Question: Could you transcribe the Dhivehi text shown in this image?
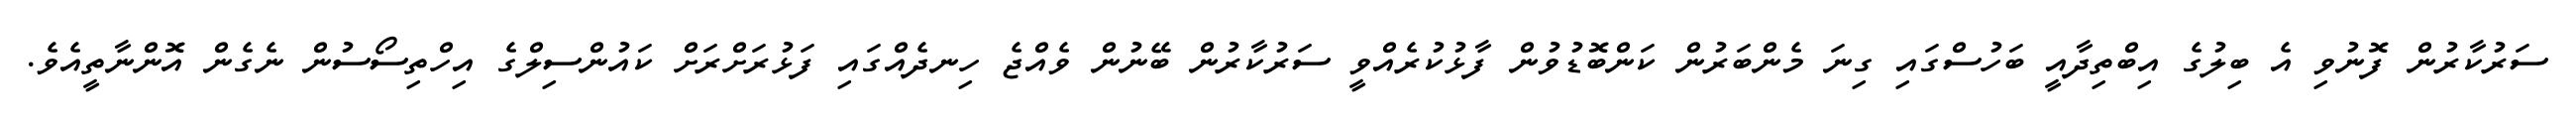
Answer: ސަރުކާރުން ފޮނުވި އެ ބިލުގެ އިބްތިދާއީ ބަހުސްގައި ގިނަ މެންބަރުން ކަންބޮޑުވުން ފާޅުކުރެއްވީ ސަރުކާރުން ބޭނުން ވެއްޖެ ހިނދެއްގައި ފަޅުރަށްރަށް ކައުންސިލްގެ އިހްތިސޯސުން ނެގެން އޮންނާތީއެވެ.